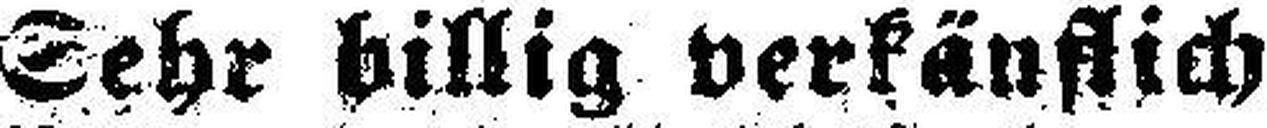
Sehr billig verkäuflich